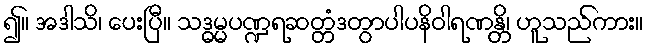
၍။ အဒါသိ၊ ပေးပြီ။ သဒ္ဓမ္မပဏ္ဍရဆတ္တံဒတွာပါပနိဝါရဏန္တိ၊ ဟူသည်ကား။